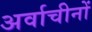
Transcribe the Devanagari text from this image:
अर्वाचीनों